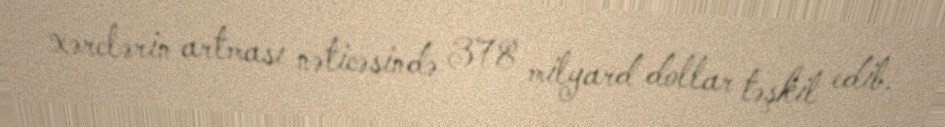
xərclərin artması nəticəsində 378 milyard dollar təşkil edib.